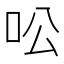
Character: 㕬